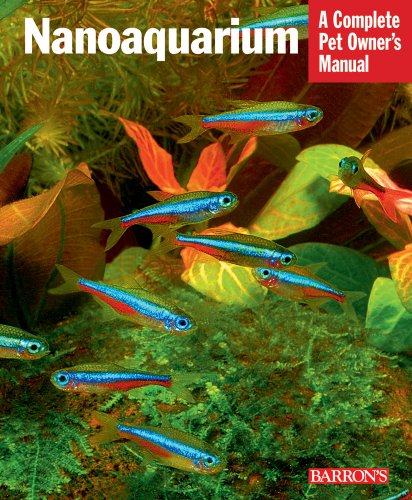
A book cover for Nanoaquarium (Complete Pet Owner's Manuals); Jakob Geck; Crafts, Hobbies & Home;